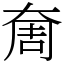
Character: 奝